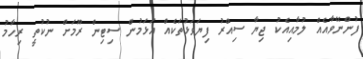
ފުންނޭވާއެއް ލުމާއިއެކު ޖިޔާ ސިއްރު ފިޔަވަޅުތަކެއް އަޅަމުން ސިޓިން ރޫމަށް ނުކުތީ ރިހާމު